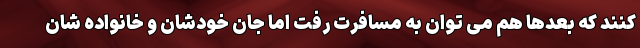
کنند که بعدها هم می توان به مسافرت رفت اما جان خودشان و خانواده شان